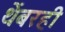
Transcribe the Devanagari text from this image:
थेंबरही